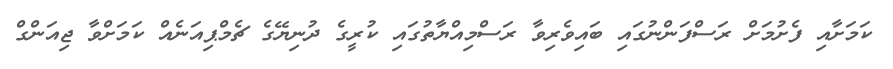
ކަމަށާއި ފެށުމަށް ރަސްފަންނުގައި ބައިވެރިވާ ރަސްމިއްޔާތުގައި ކުރީގެ ދުނިޔޭގެ ޗެމްޕިއަނެއް ކަމަށްވާ ޖިއަންގް